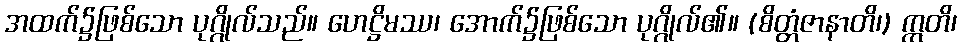
အထက်၌ဖြစ်သော ပုဂ္ဂိုလ်သည်။ ဟေဋ္ဌိမဿ၊ အောက်၌ဖြစ်သော ပုဂ္ဂိုလ်၏။ (စိတ္တံဇာနာတိ၊) ဣတိ၊